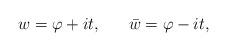
LaTeX: \begin{align*}w = \varphi + it, \ \ \ \ \ \bar w = \varphi - it, \end{align*}